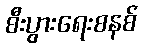
စီးပွားရေးစနစ်